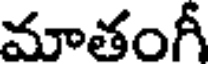
మాతంగీ